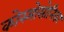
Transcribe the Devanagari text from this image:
कोस्मोसोनिका